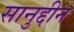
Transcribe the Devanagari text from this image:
सानुद्दीन